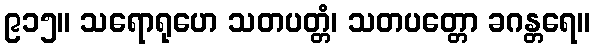
၉၁၅။ သရောရုဟေ သတပတ္တံ၊ သတပတ္တော ခဂန္တရေ။